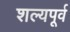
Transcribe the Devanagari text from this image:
शल्यपूर्व